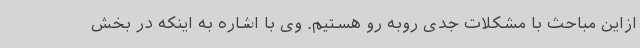
ازاین مباحث با مشکلات جدی روبه رو هستیم. وی با اشاره به اینکه در بخش